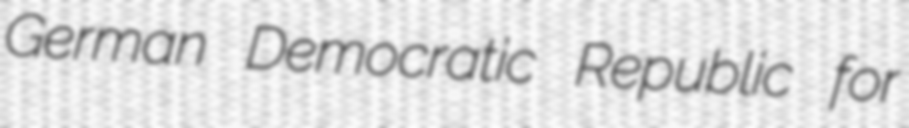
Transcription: German Democratic Republic for